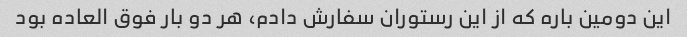
این دومین باره که از این رستوران سفارش دادم، هر دو بار فوق العاده بود